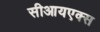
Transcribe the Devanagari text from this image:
सीआयएक्स